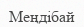
Меңдібай